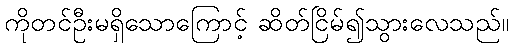
ကိုတင်ဦးမရှိသောကြောင့် ဆိတ်ငြိမ်၍သွားလေသည်။